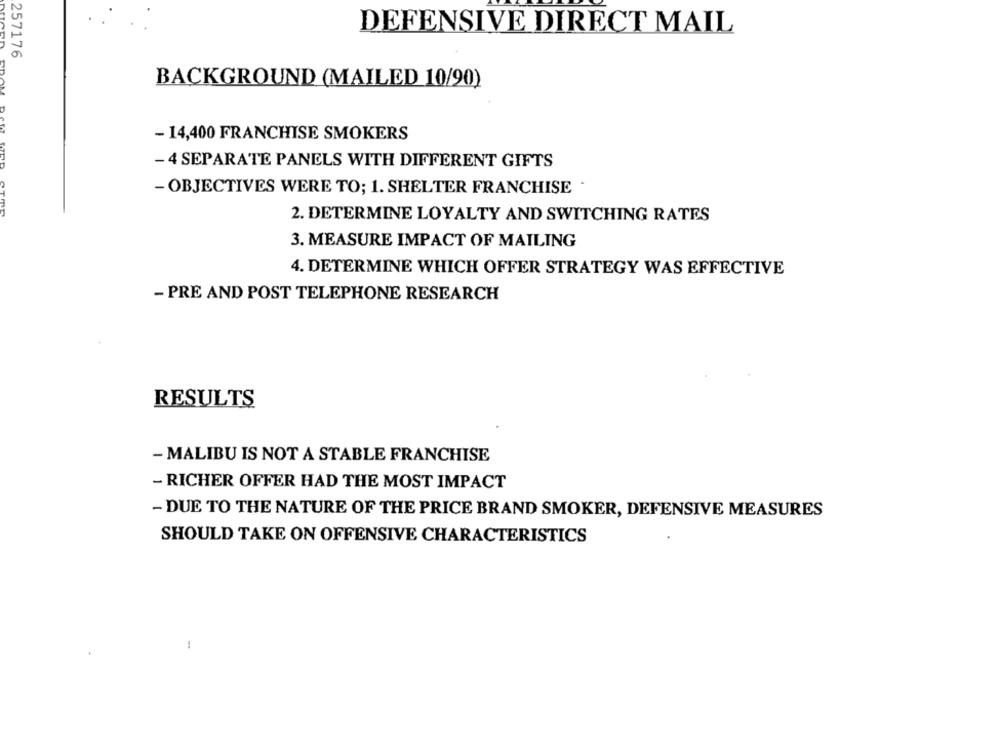
DEFENSIVE DIRECT MAIL
257176
BACKGROUND (MAILED 10/90)
- 14,400 FRANCHISE SMOKERS
- 4 SEPARATE PANELS WITH DIFFERENT GIFTS
- OBJECTIVES WERE TO; 1. SHELTER FRANCHISE -
2. DETERMINE LOYALTY AND SWITCHING RATES
3. MEASURE IMPACT OF MAILING
4. DETERMINE WHICH OFFER STRATEGY WAS EFFECTIVE
- PRE AND POST TELEPHONE RESEARCH
RESULTS
- MALIBU IS NOT A STABLE FRANCHISE
- RICHER OFFER HAD THE MOST IMPACT
- DUE TO THE NATURE OF THE PRICE BRAND SMOKER, DEFENSIVE MEASURES
SHOULD TAKE ON OFFENSIVE CHARACTERISTICS
-